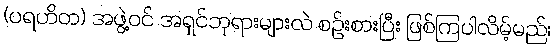
(ပရဟိတ) အဖွဲ့ဝင် အရှင်ဘုရားများလဲ စဉ်းစားပြီး ဖြစ်ကြပါလိမ့်မည်၊